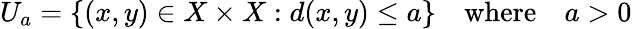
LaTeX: U_{a}=\{ (x,y)\in X\times X:d(x,y)\leq a\} \quad{\mathrm{where}}\quad a>0